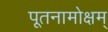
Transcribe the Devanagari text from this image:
पूतनामोक्षम्